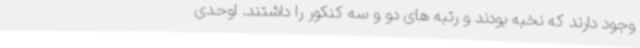
وجود دارند که نخبه بودند و رتبه های دو و سه کنکور را داشتند. اوحدی